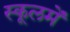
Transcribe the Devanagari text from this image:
स्कूलमें